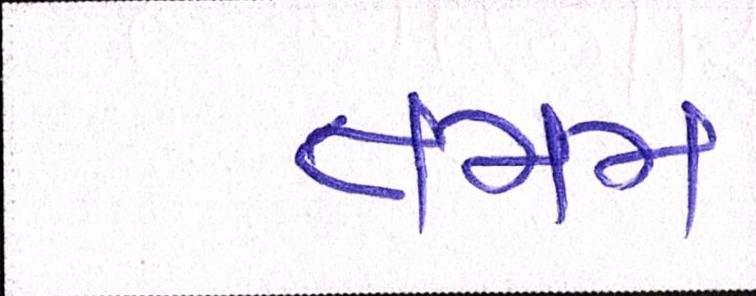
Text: તમમ